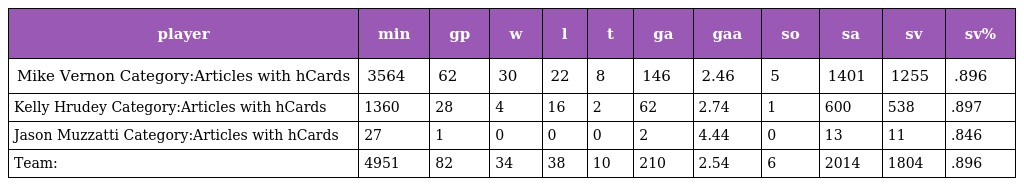
| player | min | gp | w | l | t | ga | gaa | so | sa | sv | sv% |
 | --- | --- | --- | --- | --- | --- | --- | --- | --- | --- | --- | --- |
 | Mike Vernon Category:Articles with hCards | 3564 | 62 | 30 | 22 | 8 | 146 | 2.46 | 5 | 1401 | 1255 | .896 |
 | Kelly Hrudey Category:Articles with hCards | 1360 | 28 | 4 | 16 | 2 | 62 | 2.74 | 1 | 600 | 538 | .897 |
 | Jason Muzzatti Category:Articles with hCards | 27 | 1 | 0 | 0 | 0 | 2 | 4.44 | 0 | 13 | 11 | .846 |
 | Team: | 4951 | 82 | 34 | 38 | 10 | 210 | 2.54 | 6 | 2014 | 1804 | .896 |